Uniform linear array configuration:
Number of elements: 48
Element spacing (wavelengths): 0.75
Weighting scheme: binomial
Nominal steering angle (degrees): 15
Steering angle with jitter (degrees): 15.394
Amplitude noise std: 0.05
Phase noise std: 0.05

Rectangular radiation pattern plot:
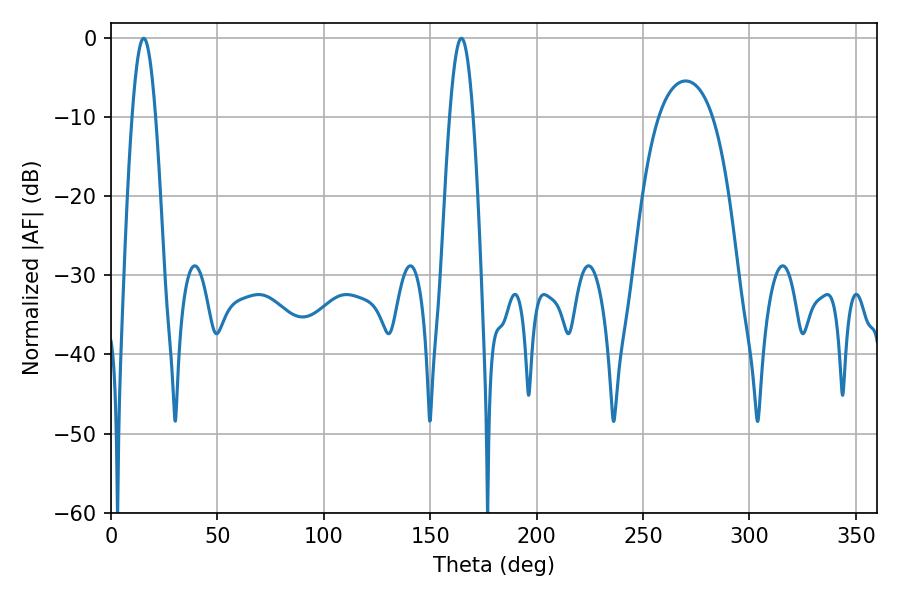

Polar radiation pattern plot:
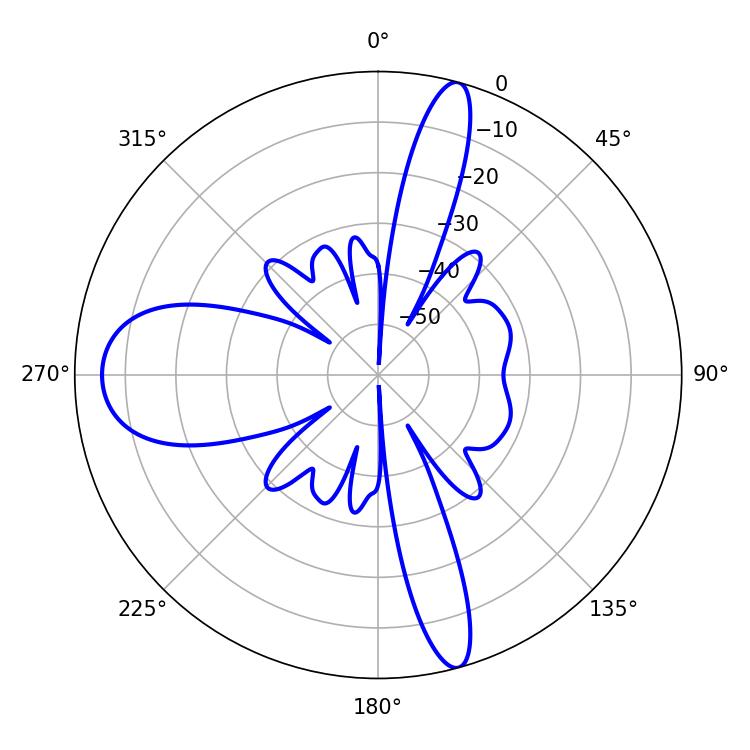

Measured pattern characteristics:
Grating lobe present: TRUE
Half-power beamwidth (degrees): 5.94
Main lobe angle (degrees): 15.3